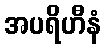
အပရိဟီနံ